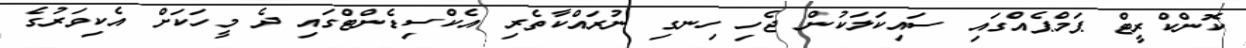
ކޮންކްރީޓް ޕަމްޕެއްގައި ސައިކަލަކުން ޖެހި ހިނގި ނުރައްކާތެރި އެކްސިޑެންޓްގައި ދެ މީހަކަށް އެކިވަރުގެ